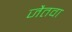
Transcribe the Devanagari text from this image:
जैतवा